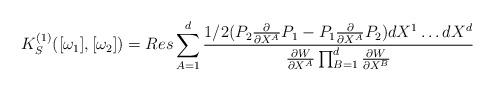
LaTeX: \begin{align*}K_{S}^{(1)}( [\omega_1] , [ \omega_2 ] )=Res \sum_{A=1}^{d} \frac{1/2 (P_2{\partial \over \partial X^A}P_1 -P_1 {\partial \over \partial X^A}P_2)dX^1 \ldots dX^d }{ \frac{\partial W}{\partial X^A}\prod_{B=1}^{d} \frac{\partial W}{\partial X^B}}\end{align*}